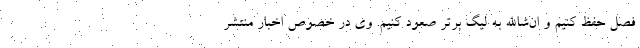
فصل حفظ کنیم و ان‌شاالله به لیگ برتر صعود کنیم. وی در خصوص اخبار منتشر